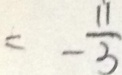
= - \frac { 1 1 } { 3 }